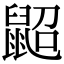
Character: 鼦